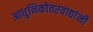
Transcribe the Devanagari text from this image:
आधुनिकोत्तरवाद्यांनी